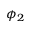
\phi _ { 2 }